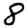
Digit: 8